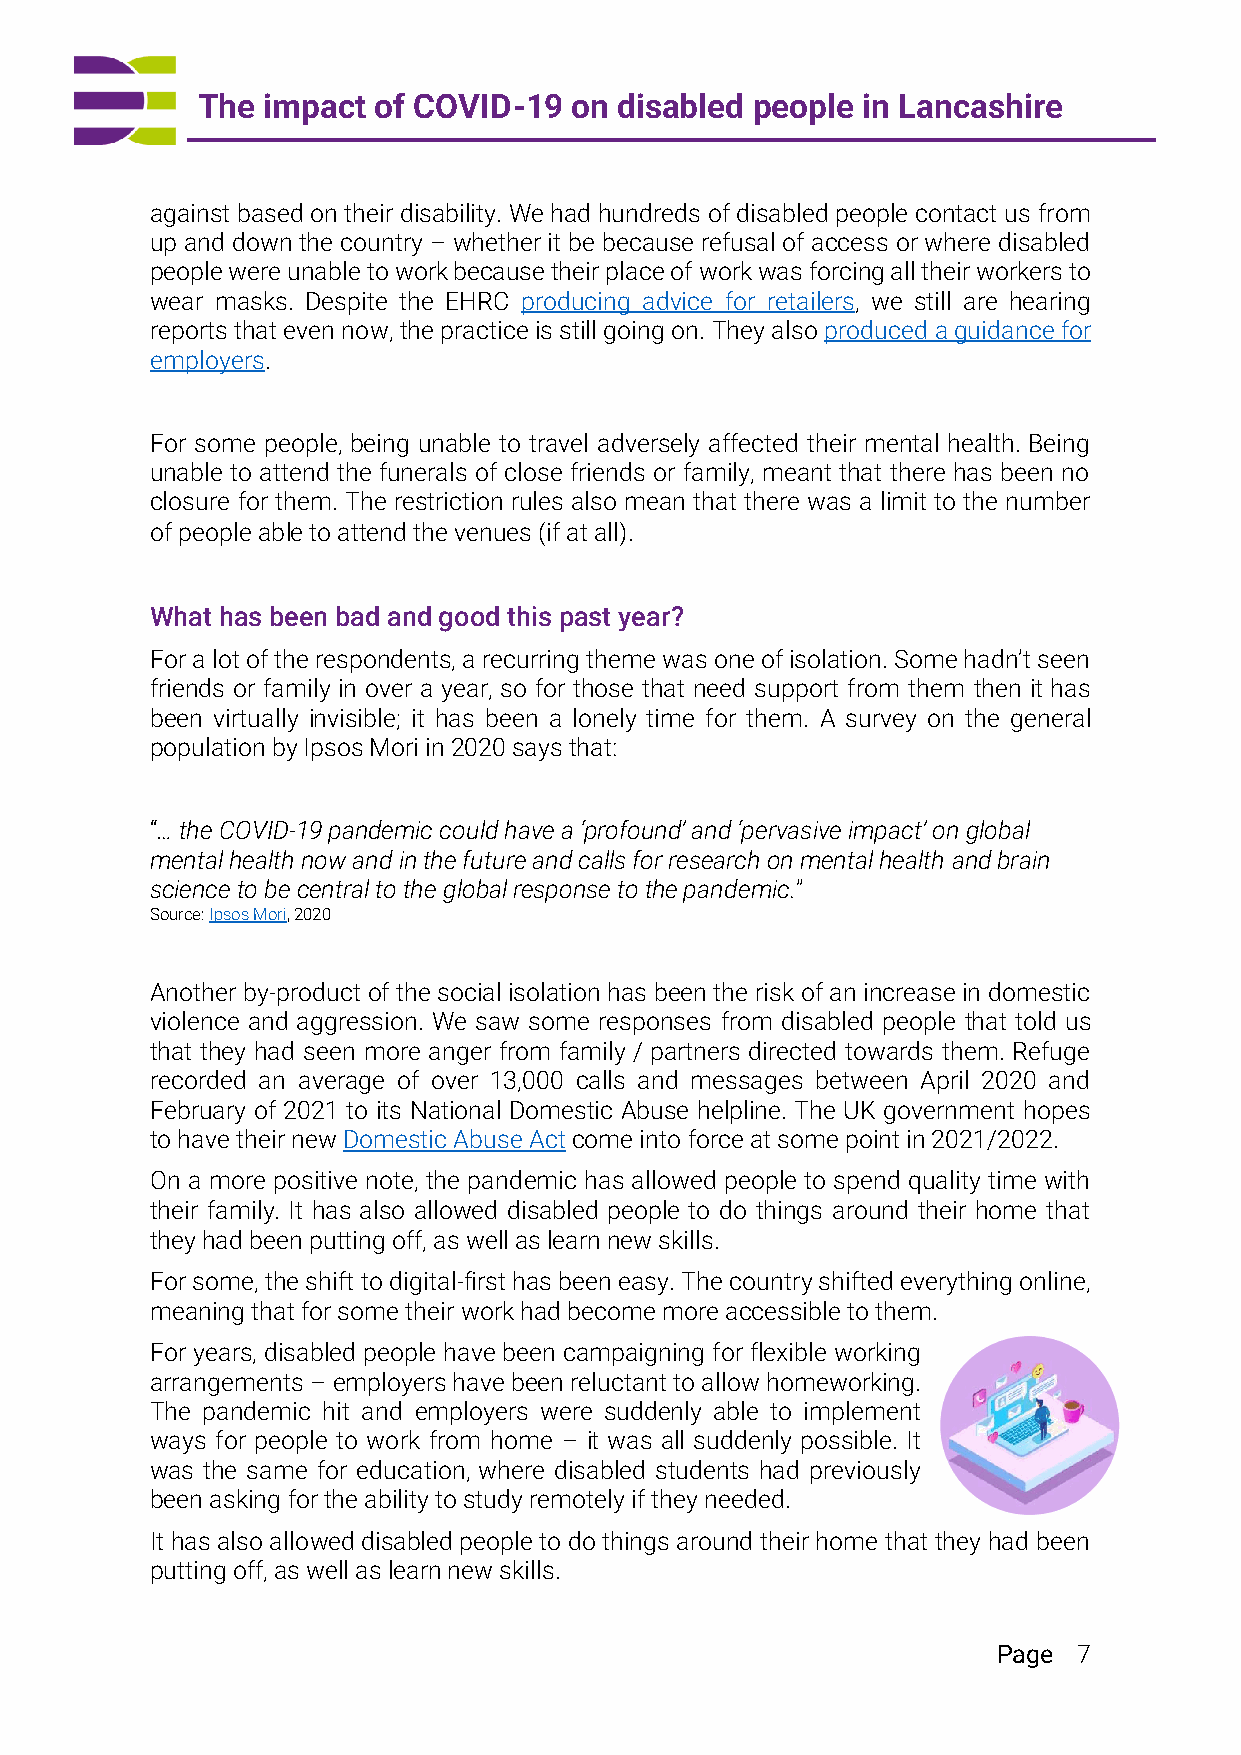
The impact  of COVID-19  on disabled people in Lancashire
 against based on their disability. We had hundreds of disabled people contact us from
 up and down the country – whether it be because refusal of access or where disabled
 people were unable to work because their place of work was forcing all their workers to
 wear masks. Despite the EHRC producing advice for retailers, we still are hearing
 reports that even now, the practice is still going on. They also produced a guidance for
 employers.
 For some people, being unable to travel adversely affected their mental health. Being
 unable to attend the funerals of close friends or family, meant that there has been no
 closure for them. The restriction rules also mean that there was a limit to the number
 of people able to attend the venues (if at all).
 What has been bad and good this past year?
 For a lot of the respondents, a recurring theme was one of isolation. Some hadn’t seen
 friends or family in over a year, so for those that need support from them then it has
 been virtually invisible; it has been a lonely time for them. A survey on the general
 population by Ipsos Mori in 2020 says that:
 “… the COVID-19 pandemic could have a ‘profound’ and ‘pervasive impact’ on global
 mental health now and in the future and calls for research on mental health and brain
 science to be central to the global response to the pandemic.”
 Source: Ipsos Mori, 2020
 Another by-product of the social isolation has been the risk of an increase in domestic
 violence and aggression. We saw some responses from disabled people that told us
 that they had seen more anger from family / partners directed towards them. Refuge
 recorded an average of over 13,000 calls and messages between April 2020 and
 February of 2021 to its National Domestic Abuse helpline. The UK government hopes
 to have their new Domestic Abuse Act come into force at some point in 2021/2022.
 On a more positive note, the pandemic has allowed people to spend quality time with
 their family. It has also allowed disabled people to do things around their home that
 they had been putting off, as well as learn new skills.
 For some, the shift to digital-first has been easy. The country shifted everything online,
 meaning that for some their work had become more accessible to them.
 For years, disabled people have been campaigning for flexible working
 arrangements – employers have been reluctant to allow homeworking.
 The pandemic hit and employers were suddenly able to implement
 ways for people to work from home – it was all suddenly possible. It
 was the same for education, where disabled students had previously
 been asking for the ability to study remotely if they needed.
 It has also allowed disabled people to do things around their home that they had been
 putting off, as well as learn new skills.
 Page 7